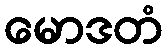
မောဒတံ